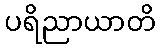
ပရိညာယာတိ